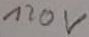
Text: 120V